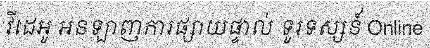
វីដេអូ អនឡាញការផ្សាយផ្ទាល់ ទូរទស្សន៍ Online